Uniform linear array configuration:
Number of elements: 48
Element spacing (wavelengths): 0.5
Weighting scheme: binomial
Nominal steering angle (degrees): -60
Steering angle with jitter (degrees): -59.824
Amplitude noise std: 0.05
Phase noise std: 0.05

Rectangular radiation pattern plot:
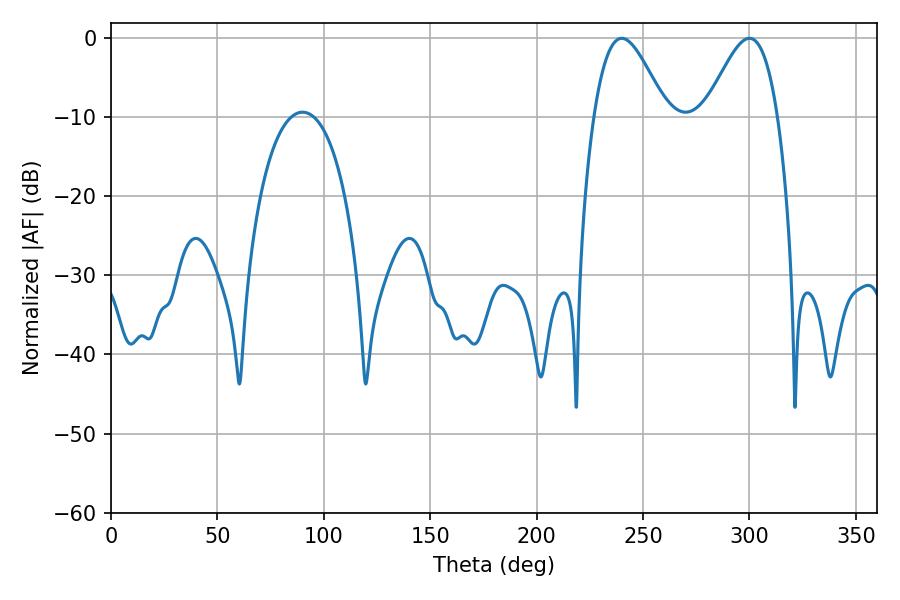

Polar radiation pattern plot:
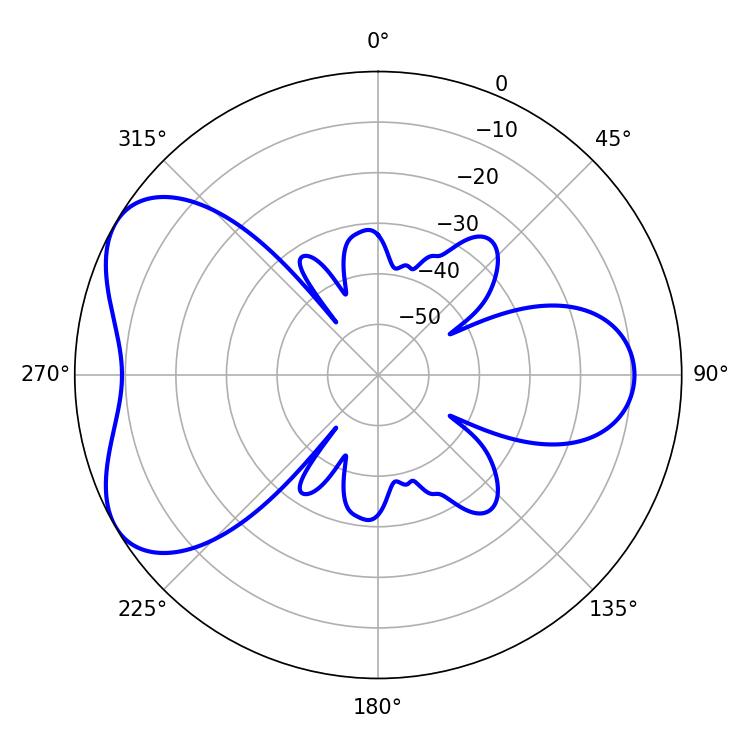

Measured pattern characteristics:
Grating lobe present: FALSE
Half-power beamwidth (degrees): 18.18
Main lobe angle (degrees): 239.94